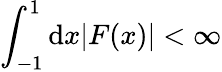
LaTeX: \int_{-1}^{1}\mathrm{d}x|F(x)|<\infty